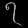
Digit: ၇